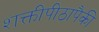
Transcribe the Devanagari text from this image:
शक्तीपीठापैकी